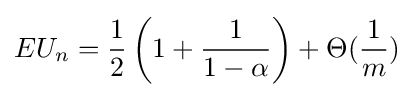
EU_{n}={\frac {1}{2}}\left(1+{\frac {1}{1-\alpha }}\right)+\Theta ({\frac {1}{m}})